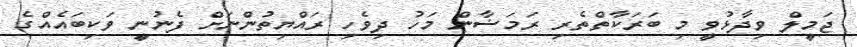
ޖަމީލް ވިދާޅުވީ މި ބަރަކާތްތެރި ރަމަޟާން މަހު ދިވެހި ރައްޔިތުންނަށް ފެނުނީ ވަކިބައެއްގެ